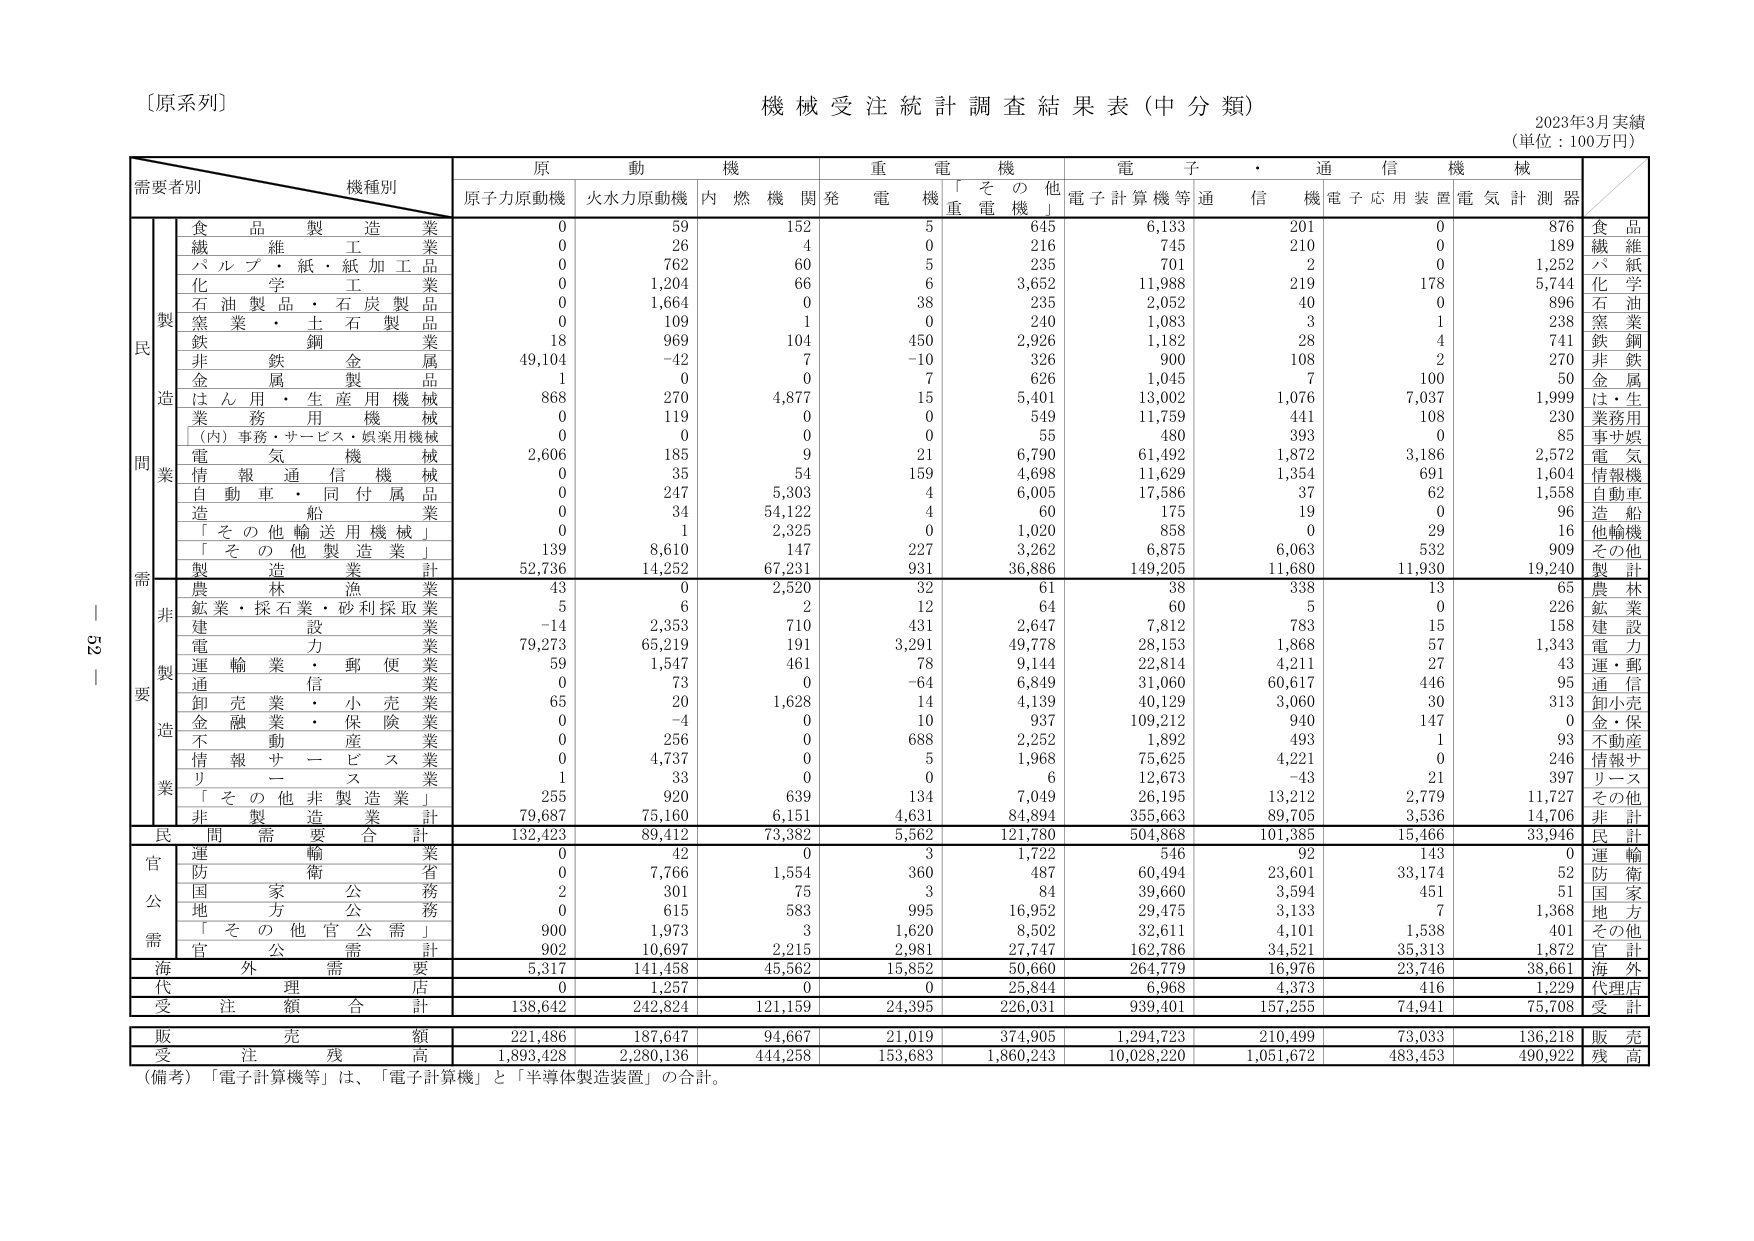
〔原系列〕
機械受注統計調査結果表（中分類）
2023年3月実績
（単位：100万円）

需要者別　　機種別
　　　　　　　原　　動　　機　　　　重　　電　　機　　　　電　　子　　・　　通　　信　　機　　械
　　　　　　　原子力原動機　火水力原動機　内　燃　機　関　発　電　機　「　そ　の　他　重　電　機　」　電子計算機等　通　信　機　電子応用装置　電　気　計　測　器

　　　　　　　　食　品　製　造　業